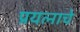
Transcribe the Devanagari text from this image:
प्रयत्नाचे